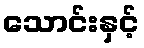
သောင်းနှင့်